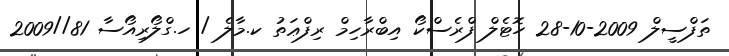
ތަފްސީލް 2009-10-28 ހޮޓެލް ފްރެސްކޯ އިބްރާހިމް ރިފްޢަތު ކ.މާލެ / ހ.ގްލޯރިއޯސާ 81//2009